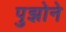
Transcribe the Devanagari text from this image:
पुझोने